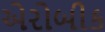
એરોબીક